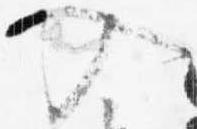
入